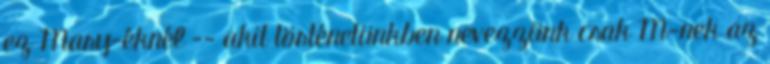
ez Mary-éknél -- akit történetünkben nevezzünk csak M-nek az